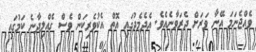
ވެއްޖެނަމަ އޭނާ ވަރަށް ދެރަވާނެއެވެ. އެދެމެދުގައި އޮތް އެކުވެރިކަން ވެސް ގެއްލިދާނެ ކަމުގައި